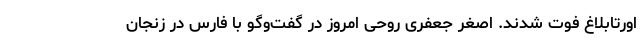
اورتابلاغ فوت شدند. اصغر جعفری روحی امروز در گفت‌وگو با فارس در زنجان